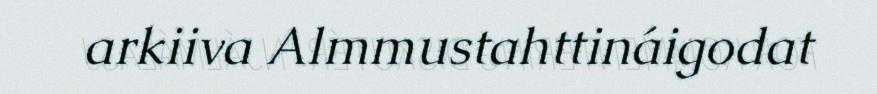
arkiiva Almmustahttináigodat